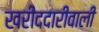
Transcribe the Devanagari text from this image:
खरीददारीवाली